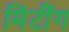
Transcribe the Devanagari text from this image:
मिंटींग